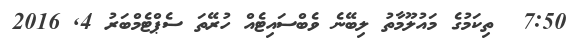
7:50  ތިކަމުގެ މައުލޫމާތު ލިބޭނެ ވެބްސައިޓެއް ހުރޭތަ ސެޕްޓެމްބަރު 4